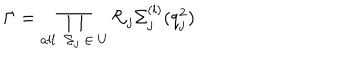
LaTeX: \Gamma = \prod _ { a l l \ \ \Sigma _ { j } \ \in \ U } \mathcal { R } _ { j } \Sigma _ { j } ^ { ( l ) } ( q _ { j } ^ { 2 } )